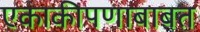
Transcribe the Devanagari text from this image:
एकाकीपणाबाबत